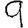
Digit: 9